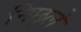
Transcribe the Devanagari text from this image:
निछ्ले